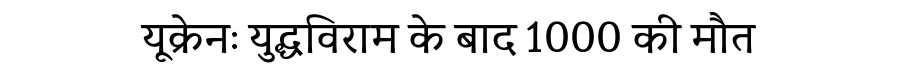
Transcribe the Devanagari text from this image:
यूक्रेनः युद्धविराम के बाद 1000 की मौत